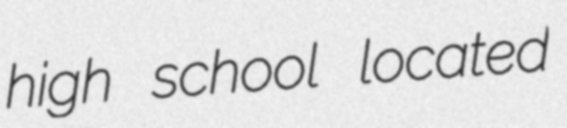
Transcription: high school located